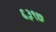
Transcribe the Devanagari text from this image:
६३९७